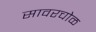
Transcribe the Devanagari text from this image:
सावरचोळ